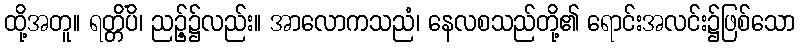
ထို့အတူ။ ရတ္တိံပိ၊ ညဉ့်၌လည်း။ အာလောကသညံ၊ နေလစသည်တို့၏ ရောင်းအလင်း၌ဖြစ်သော